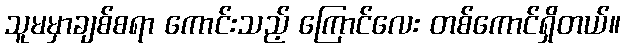
သူမမှာချစ်စရာ ကောင်းသည့် ကြောင်လေး တစ်ကောင်ရှိတယ်။